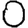
Digit: 0